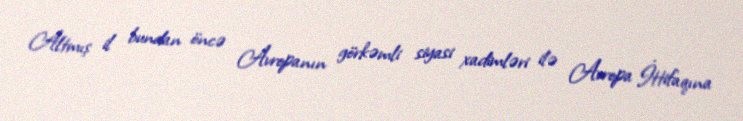
Altmış il bundan öncə Avropanın görkəmli siyasi xadimləri ilə Avropa İttifaqına